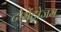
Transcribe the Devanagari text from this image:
टोमेंटोजम